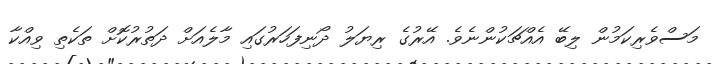
މަސްވެރިކަމުން ލިބޭ އެއްޗަކުންނެވެ. އޭރުގެ ރިޔަލު ދޯނިފަހަރުގައި މާލެއަށް ދަތުރުކޮށް ތަކެތި ވިއްކާ